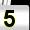
Digit: 5